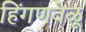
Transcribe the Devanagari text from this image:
हिंगणवेळू